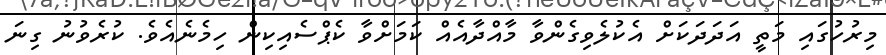
މިރުހުގައި މަތީ އަދަދަކަށް އެކުލެވިގެންވާ މާއްދާއެއް ކަމަށްވާ ކެޕްސެއިކިން ހިމެނެއެވެ. ކުރެވުނު ގިނަ